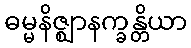
ဓမ္မနိဇ္ဈာနက္ခန္တိယာ